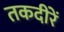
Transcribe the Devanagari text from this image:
तकदीरें